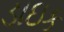
ડાઇક